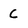
Character: c